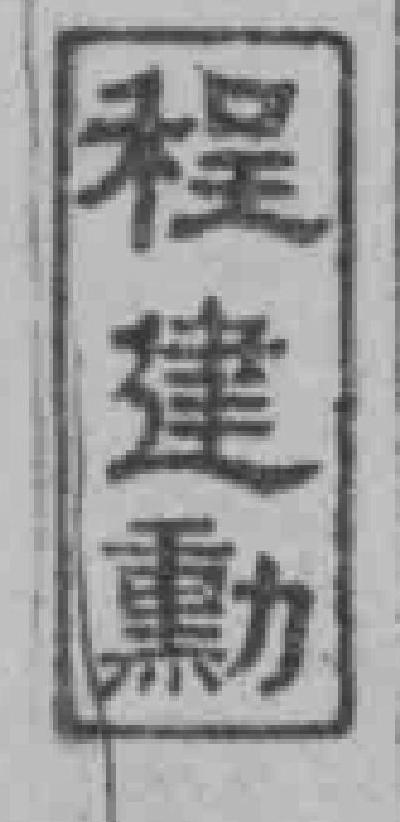
程建動